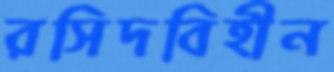
রসিদবিহীন